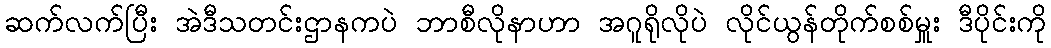
ဆက်လက်ပြီး အဲဒီသတင်းဌာနကပဲ ဘာစီလိုနာဟာ အဂူရိုလိုပဲ လိုင်ယွန်တိုက်စစ်မှူး ဒီပိုင်းကို